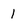
Character: 1